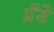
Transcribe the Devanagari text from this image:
ग्रॅंडे